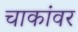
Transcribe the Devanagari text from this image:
चाकांवर